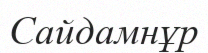
Сайдамнұр